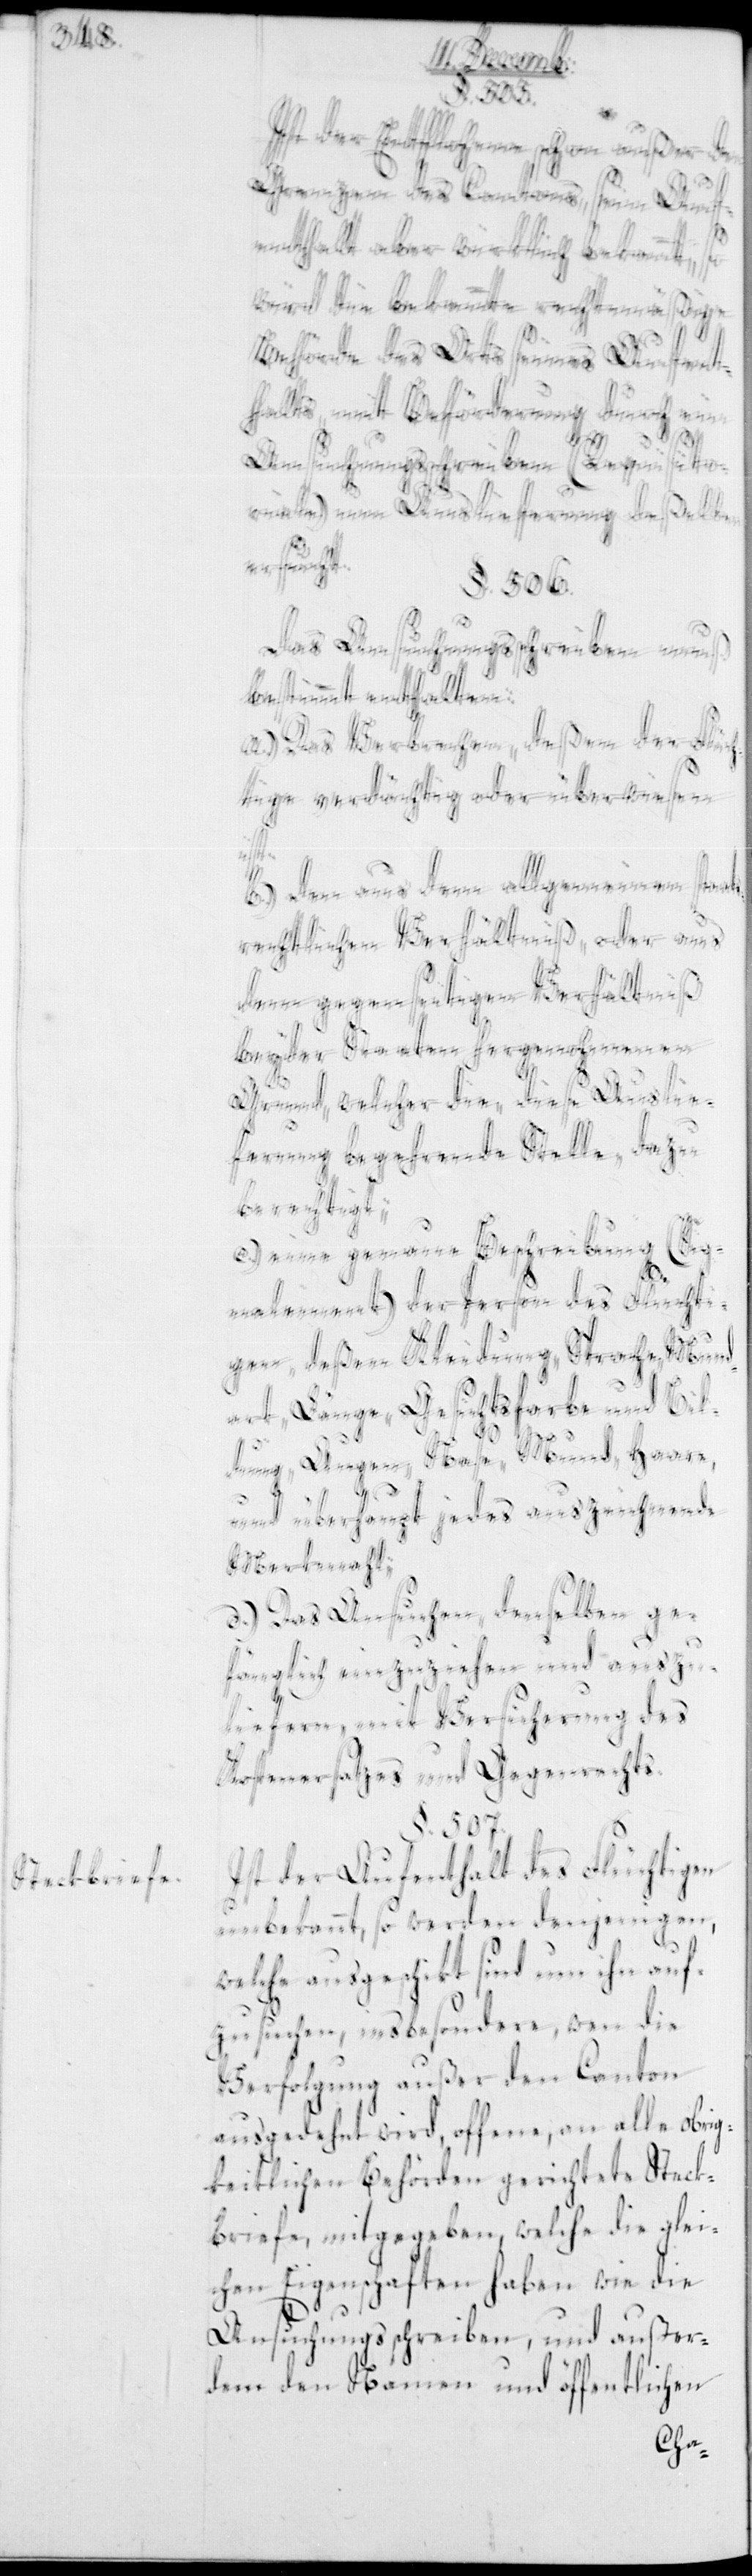
Steckbriefe.

Ist der Entflohene schon außer den
Grenzen des Cantons, sein Auf¬
enthalt aber wirklich bekannt, so
wird die bekannte rechtmäßige
Behörde des Orts seines Aufent¬
halts mit Beförderung durch ein
Ansuchungsschreiben (Requisito¬
riale) um Auslieferung deßelben
ersucht.
§. 506.
Das Ansuchungsschreiben muß
bestimmt enthalten:
a.) Das Verbrechen, deßen der Flüch¬
tige verdächtig oder überwiesen
ts¬
b.) Den aus dem allgemeinen staa¬
rechtlichen Verhältniß, oder aus
dem gegenseitigen Verhältniß
beyder Staaten hergenohmenen
Grund, welcher die, diese Auslie¬
ferung betreffende Stelle, dazu
berechtigt.
c) Eine genaue Beschreibung (Sig¬
nalement) der Person des Flüchti¬
gen, deßen Kleidung, Sprache, Mun¬
dart, Länge, Gesichtsfarbe und Bil¬
dung, Augen, Nase, Mund, Haare
und überhaupt jedes auszeichnende
Merkmahl.
d.) Das Ansuchen, denselben ge¬
fänglich einzuziehen und auszu¬
liefern, mit Versicherung des
Kostenersatzes und Gegenrechts.
§. 507.
Ist der Aufenthalt des Flüchtigen
unbekannt, so werden denjenigen,
welche ausgeschikt sind um ihn auf¬
zusuchen, insbesondere wenn die
Verfolgung außer den Canton
ausgedehnt wird, offene, an alle obrig¬
keitlichen Behörden gerichtete Steck¬
briefe, mitgegeben, welche die glei¬
chen Eigenschaften haben wie die
Ansuchungsschreiben, und außer¬
dem den Namen und öffentlichen